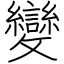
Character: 變